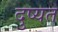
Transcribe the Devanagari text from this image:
दुष्यत